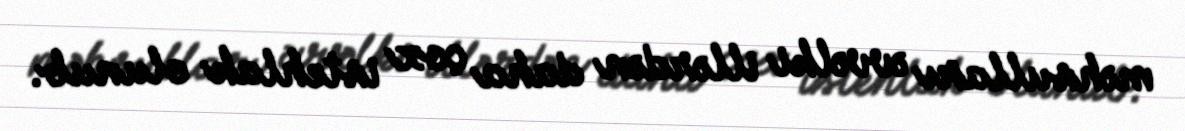
məhsulları əvvəlki illərdən daha çox istehlak olunub.